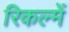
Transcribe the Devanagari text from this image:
रिकल्‍में